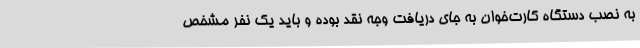
به نصب دستگاه کارت‌خوان به جای دریافت وجه نقد بوده و باید یک نفر مشخص